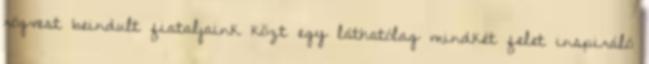
rögvest beindult fiataljaink közt egy láthatólag mindkét felet inspiráló